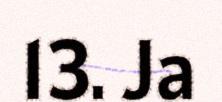
13. Ja